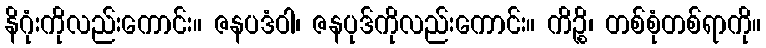
နိဂုံးကိုလည်းကောင်း။ ဇနပဒံဝါ၊ ဇနပုဒ်ကိုလည်းကောင်း။ ကိဉ္စိ၊ တစ်စုံတစ်ရာကို။